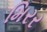
મિરર